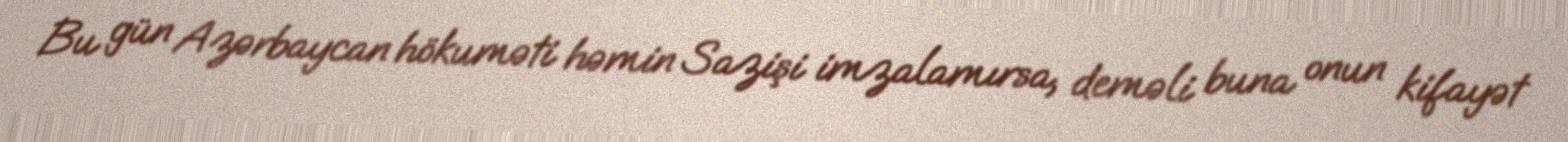
Bu gün Azərbaycan hökuməti həmin Sazişi imzalamırsa, deməli buna onun kifayət